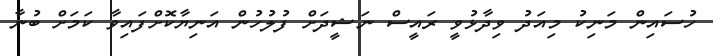
ހުސައިން މަނިކު މިއަދު ވިދާޅުވީ ރައީސް ނަޝީދަށް ފުލުހުން އަނިޔާކޮށްފައިވާ ކަމަށް ބުނާ